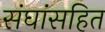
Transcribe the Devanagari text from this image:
संघांसहित